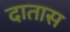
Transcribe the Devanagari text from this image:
दातास